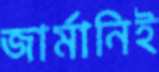
জার্মানিই